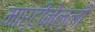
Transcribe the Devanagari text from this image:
मार्टीनेल्ली